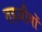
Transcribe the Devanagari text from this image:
तहज़ीबों